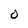
Character: O